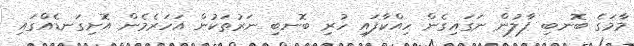
މާމަގެ ބޮނބި ފާލުން ނަގައިގެން ހިއްކާފައި ހުރި ބޮނބި ނަރުތަކުން އަހަރެމެން އޮށިގަނޑެއްގައި